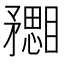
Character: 𥎙